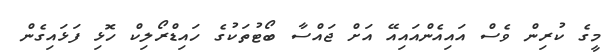
މީގެ ކުރިން ވެސް އައިއެންއައިއޭ އަށް ޖައްސާ ބޯޓުތަކުގެ ހައިޑްރޯލިކް ހޮޅި ފަޅައިގެން